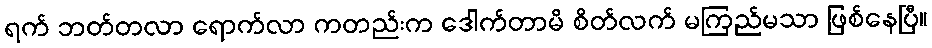
ရက် ဘတ်တလာ ရောက်လာ ကတည်းက ဒေါက်တာမိ စိတ်လက် မကြည်မသာ ဖြစ်နေပြီ။